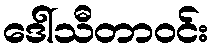
ဒေါ်သီတာဝင်း